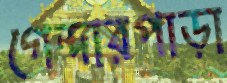
গেন্দারপাড়া